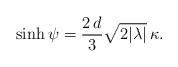
LaTeX: \begin{align*}\sinh\psi = \frac{2\,d}3 \sqrt{2|\lambda|}\,\kappa .\end{align*}